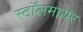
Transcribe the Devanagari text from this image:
स्टॉलमायर